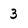
Character: 3